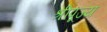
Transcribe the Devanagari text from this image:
श्रीपूज्य